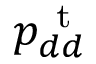
p _ { d d } ^ { \mathrm { ~ t ~ } }